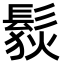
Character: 䯼